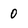
Character: 0